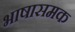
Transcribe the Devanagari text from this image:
भाषासमक